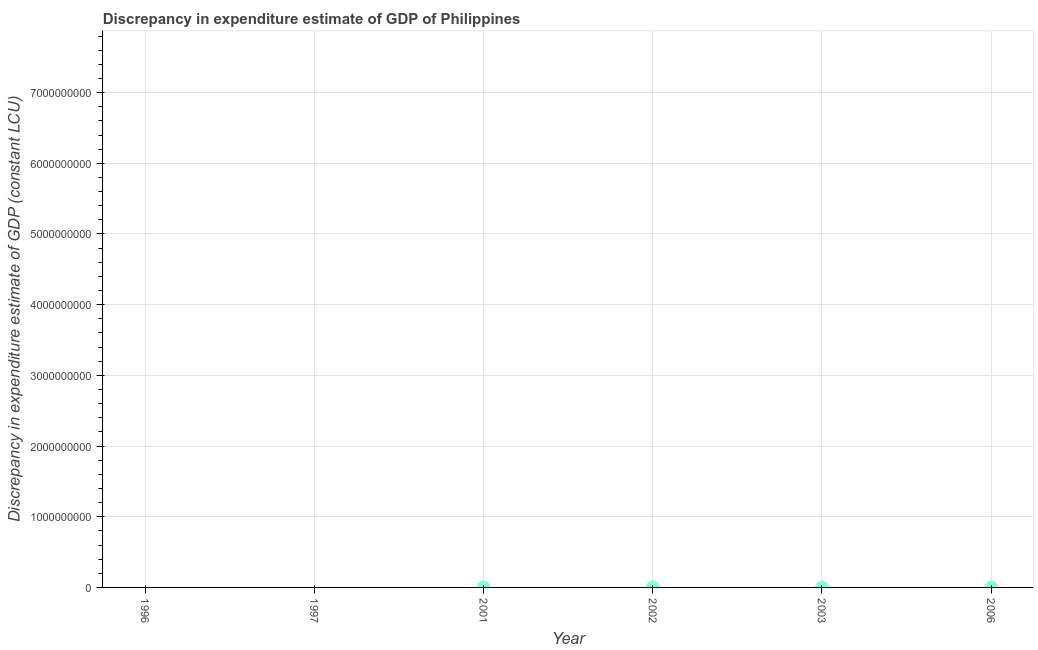
| Year | Discrepancy constant LCU |
 | --- | --- |
 | 1996 | -6.29e+10 |
 | 1997 | -1.57e+11 |
 | 2001 | -100 |
 | 2002 | 100 |
 | 2003 | 100 |
 | 2006 | 100 |